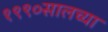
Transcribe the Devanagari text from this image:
१९९०सालच्या